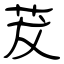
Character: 茇